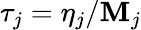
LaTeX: \tau_{j}=\eta_{j}/\mathbf{M}_{j}